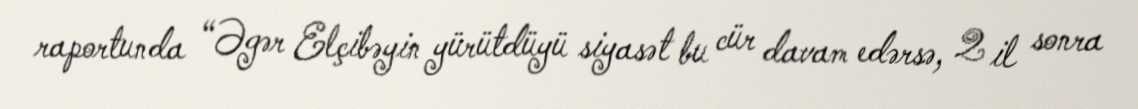
raportunda “Əgər Elçibəyin yürütdüyü siyasət bu cür davam edərsə, 2 il sonra